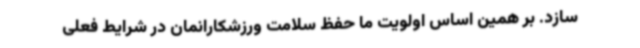
سازد. بر همین اساس اولویت ما حفظ سلامت ورزشکارانمان در شرایط فعلی